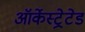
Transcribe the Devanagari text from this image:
ऑर्केस्ट्रेटेड